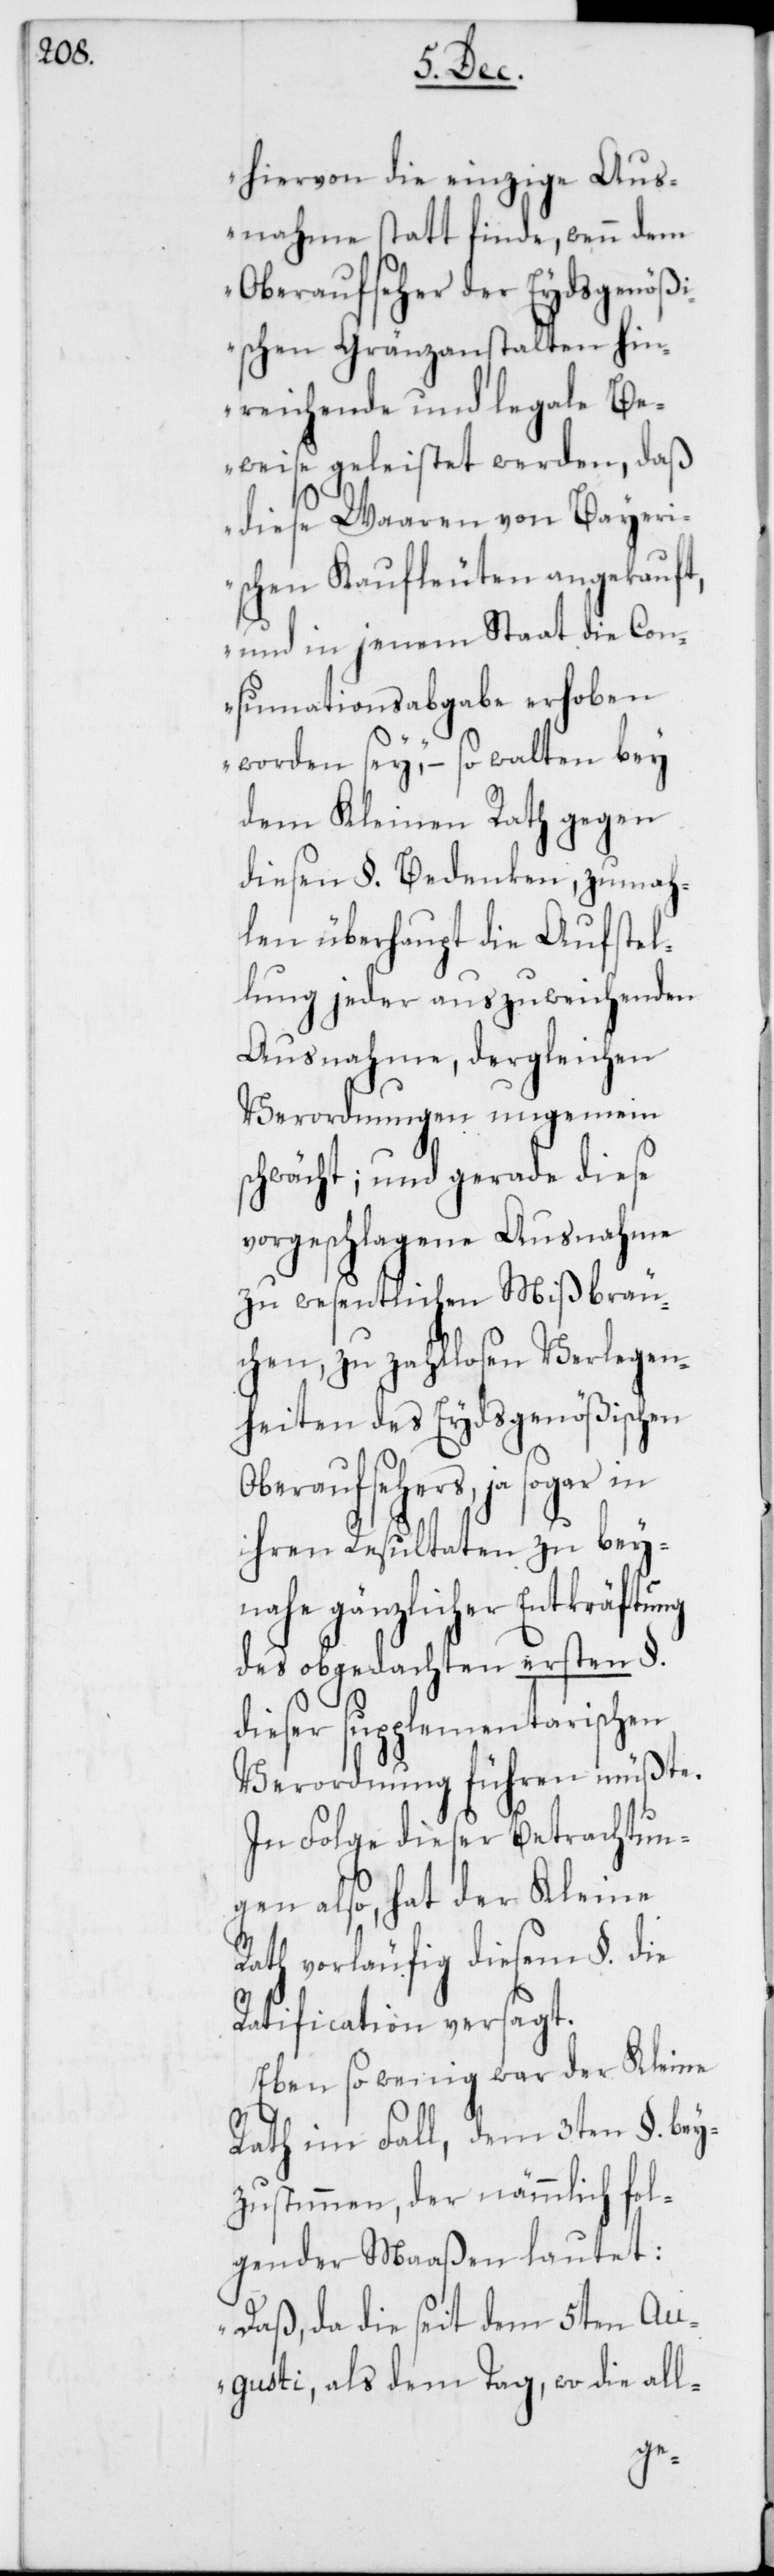
hiervon die einzige Aus¬
nahme statt finde, wenn dem
Oberaufseher der Eydsgenöß¬
ischen Gränzanstalten hin¬
reichende und legale Be¬
weise geleistet werden, daß
diese Waaren von Bayeri¬
schen Kaufleuten angekauft,
und in jenem Staat die Con¬
sumationsabgabe erhoben
worden sey“ – so walten bey
dem Kleinen Rath gegen
diesen §. Bedenken, zumah¬
len überhaupt die Aufstel¬
lung jeder auszuweichenden
Ausnahme, dergleichen
Verordnungen ungemein
schwächt; und gerade diese
vorgeschlagene Ausnahme
zu wesentlichen Mißbräu¬
chen, zu zahllosen Verlegen¬
heiten des Eydsgenößischen
Oberaufsehers, ja sogar in
ihren Resultaten zu bey¬
nahe gänzlicher Entkräftung
des obgedachten ersten §.
dieser supplementarischen
Verordnung führen müßte.
In Folge dieser Betrachtun¬
gen also, hat der Kleine
Rath vorläufig diesem §. die
Ratification versagt.
Eben so wenig war der Kleine
Rath im Fall, dem 3ten §. bey¬
zustimmen, der nämmlich fol¬
gender Maaßen lautet:
„Daß da die seit dem 5ten Au¬
gusti, als dem Tag, wo die all-